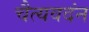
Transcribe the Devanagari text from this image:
चैत्यवदंन